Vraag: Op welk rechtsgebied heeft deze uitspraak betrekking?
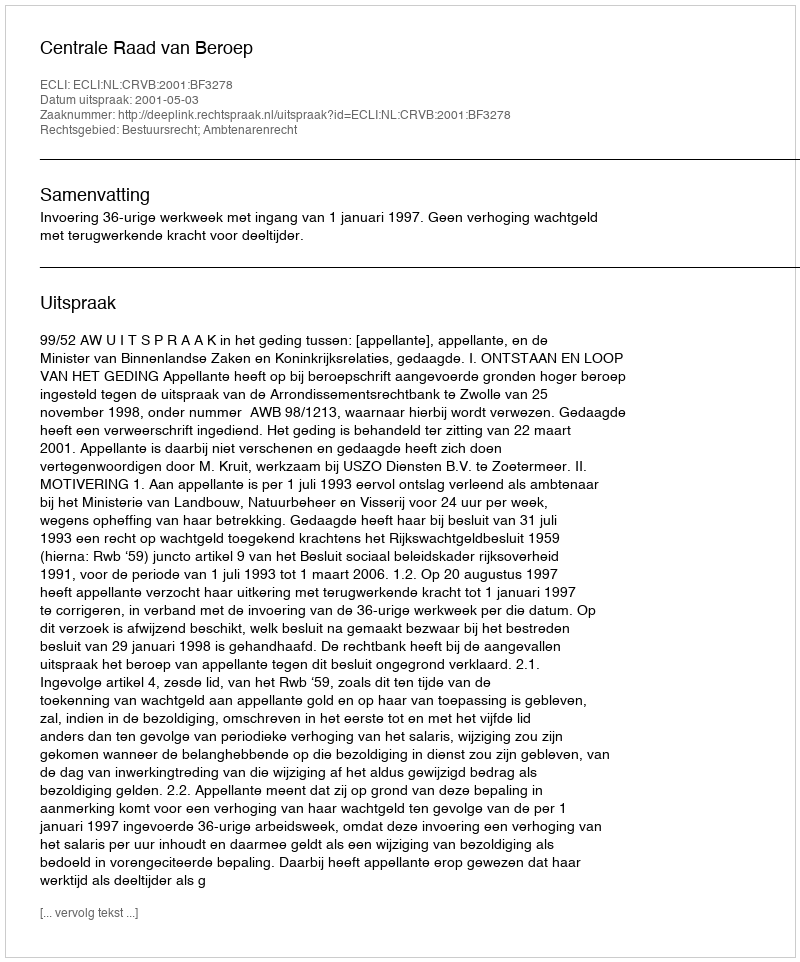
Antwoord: Bestuursrecht; Ambtenarenrecht